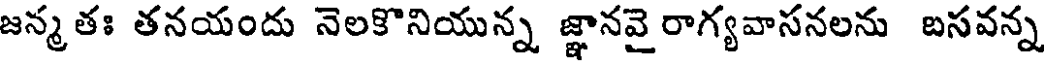
జన్మతః తనయందు నెలకొనియున్న జ్ఞానవై రాగ్యవాసనలను బసవన్న